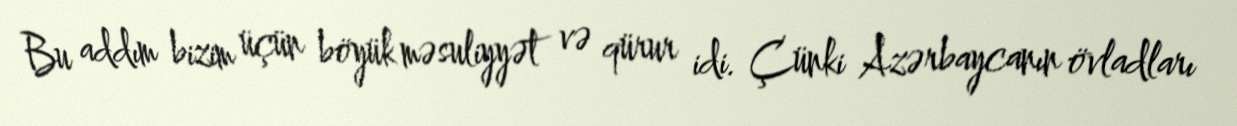
Bu addım bizim üçün böyük məsuliyyət və qürur idi. Çünki Azərbaycanın övladları